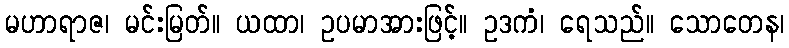
မဟာရာဇ၊ မင်းမြတ်။ ယထာ၊ ဥပမာအားဖြင့်။ ဥဒကံ၊ ရေသည်။ သောတေန၊